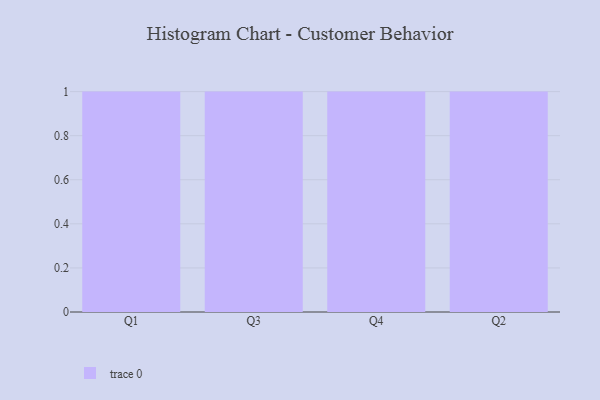
{"axis": {"x": "Quarter", "y": "Tickets Resolved"}, "legend": [""], "data": [{"x": "Q1", "y": 18, "type": ""}, {"x": "Q3", "y": 44, "type": ""}, {"x": "Q4", "y": 41, "type": ""}, {"x": "Q2", "y": 35, "type": ""}]}